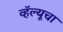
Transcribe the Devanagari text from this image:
व्हॅल्यूचा